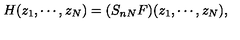
H ( z _ { 1 } , \cdots , z _ { N } ) = ( S _ { n N } F ) ( z _ { 1 } , \cdots , z _ { N } ) ,